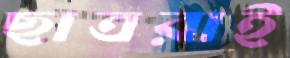
ছাত্ররাই